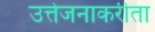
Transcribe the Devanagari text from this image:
उत्तेजनाकरीता